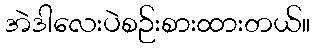
အဲဒါလေးပဲစဉ်းစားထားတယ်။